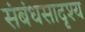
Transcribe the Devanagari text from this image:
संबंधसादृश्य